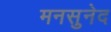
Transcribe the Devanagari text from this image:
मनसुनेद